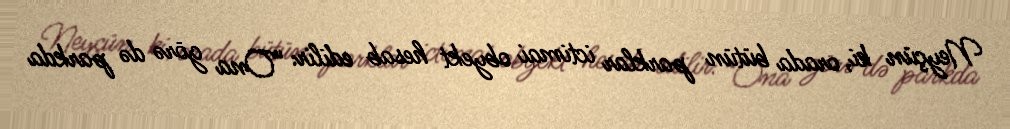
Neyçün ki, orada bütün parklar ictimai obyekt hesab edilir: “Ona görə də parkda